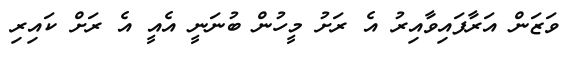
ވަޒަން އަރާފައިވާއިރު އެ ރަށު މީހުން ބުނަނީ އެއީ އެ ރަށް ކައިރި